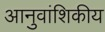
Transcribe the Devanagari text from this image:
आनुवांशिकीय